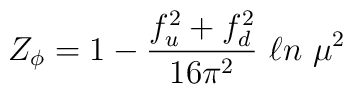
Z_\phi =1-{f^2_u+f^2_d\over 16\pi^2}\ \ell n\ \mu^2